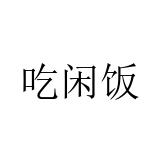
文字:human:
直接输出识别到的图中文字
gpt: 吃闲饭